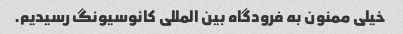
خیلی ممنون به فرودگاه بین المللی کائوسیونگ رسیدیم.